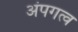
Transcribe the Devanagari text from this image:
अंपगत्व